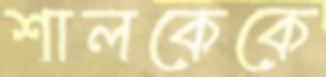
শালকেকে